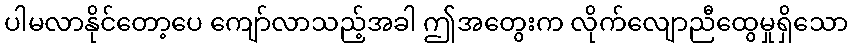
ပါမလာနိုင်တော့ပေ ကျော်လာသည့်အခါ ဤအတွေးက လိုက်လျောညီထွေမှုရှိသော